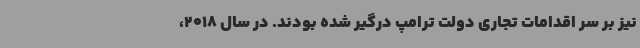
نیز بر سر اقدامات تجاری دولت ترامپ درگیر شده بودند. در سال 2018،